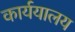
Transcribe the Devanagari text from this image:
कार्ययालय